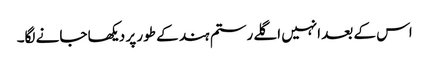
اس کے بعد انہیں اگلے رستم ہند کے طور پر دیکھا جانے لگا۔